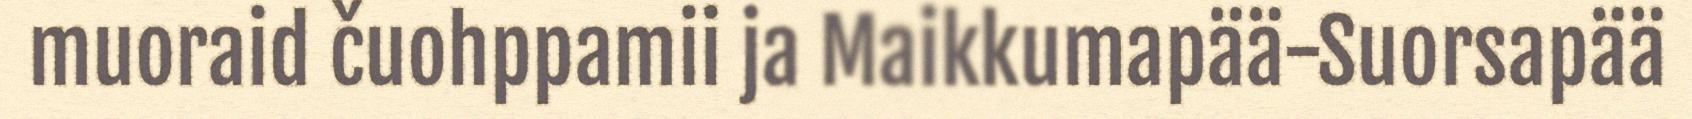
muoraid čuohppamii ja Maikkumapää-Suorsapää